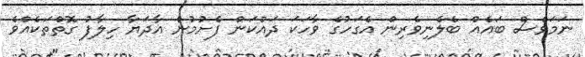
ނަމަވެސް ބައެއް ބެލެނިވެރިން އެގަހުގެ ވާހަކަ ދައްކަން ފެށުމުން އާދަޔާ ހިލާފު ގޮތްތަކެއްވެ